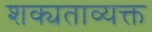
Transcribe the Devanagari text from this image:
शक्यताव्यक्त